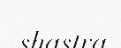
shastra